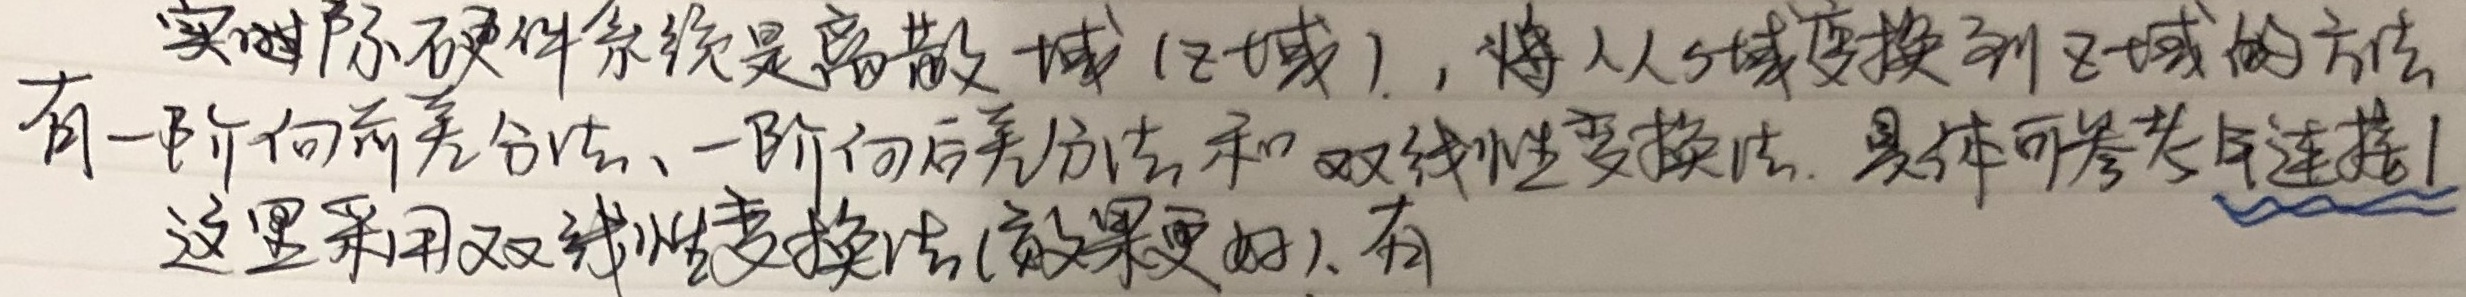
实际硬件系统是离散域（z域），将从s域变换到z域的方法有一阶向前差分法、一阶向后差分法和双线性变换法. 具体可参考与连接1
这里采用双线性变换法(效果更好). 有